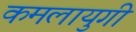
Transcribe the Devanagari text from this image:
कमलायुगी